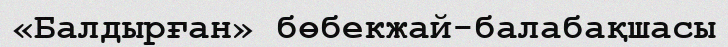
«Балдырған» бөбекжай-балабақшасы